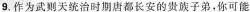
9.作为武则天统治时期唐都长安的贵族子弟，你可能